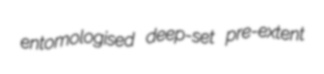
entomologised deep-set pre-extent